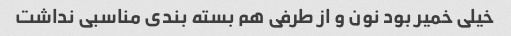
خیلی خمیر بود نون و از طرفی هم بسته بندی مناسبی نداشت